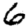
Digit: 6